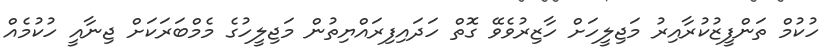
ހުކުމް ތަންފީޒުކުރާއިރު މަޖިލީހަށް ހާޒިރުވެވޭ ގޮތް ހަދައިފިރައްޔިތުން މަޖިލީހުގެ މެމްބަރަކަށް ޖިނާއީ ހުކުމެއް